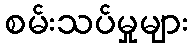
စမ်းသပ်မှုများ